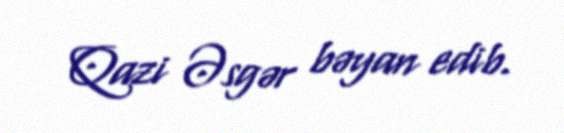
Qazi Əsgər bəyan edib.